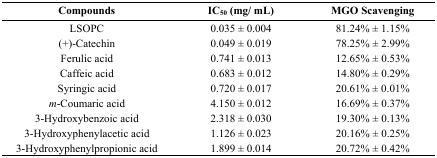
| Compounds | IC50 (mg/ mL) | MGO Scavenging |
 | --- | --- | --- |
 | LSOPC | 0.035 ± 0.004 | 81.24% ± 1.15% |
 | (+)-Catechin | 0.049 ± 0.019 | 78.25% ± 2.99% |
 | Ferulic acid | 0.741 ± 0.013 | 12.65% ± 0.53% |
 | Caffeic acid | 0.683 ± 0.012 | 14.80% ± 0.29% |
 | Syringic acid | 0.720 ± 0.017 | 20.61% ± 0.01% |
 | m-Coumaric acid | 4.150 ± 0.012 | 16.69% ± 0.37% |
 | 3-Hydroxybenzoic acid | 2.318 ± 0.030 | 19.30% ± 0.13% |
 | 3-Hydroxyphenylacetic acid | 1.126 ± 0.023 | 20.16% ± 0.25% |
 | 3-Hydroxyphenylpropionic acid | 1.899 ± 0.014 | 20.72% ± 0.42% |